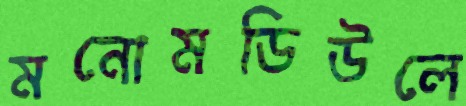
মনোমডিউলে